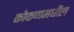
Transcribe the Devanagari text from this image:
कोकणमधील